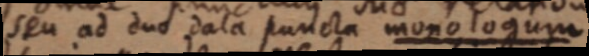
seu ad duo data puncta monologum